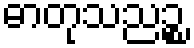
ဓာတုသညဉ္စ